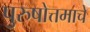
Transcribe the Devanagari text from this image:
पुरुषोत्तमाचे